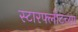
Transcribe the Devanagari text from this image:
स्टारफ्लीटच्या